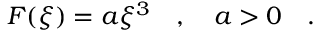
F ( \xi ) = a \xi ^ { 3 } \ \ \ , \ \ \ a > 0 \ \ \ .